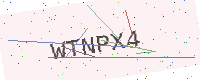
Text: WTNPX4